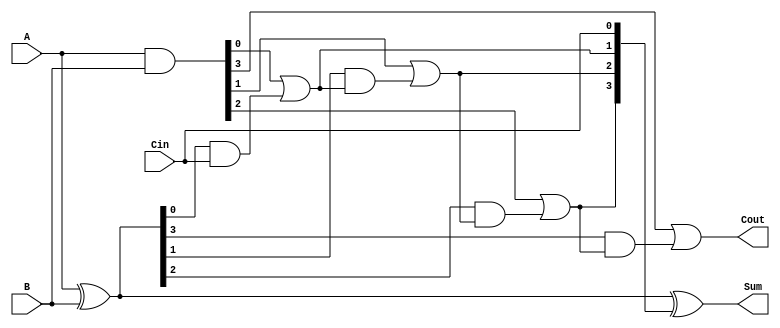
module CILA #(parameter n = 4) (
    input  [n-1:0] A,      // First operand
    input  [n-1:0] B,      // Second operand
    input         Cin,      // Carry-in input
    output [n-1:0] Sum,     // Resulting sum
    output        Cout      // Carry-out output
);

    // Internal signals for propagate and generate
    wire [n-1:0] P; // Propagate signals
    wire [n-1:0] G; // Generate signals
    wire [n:0] C;   // Carry signals

    // Generate and Propagate calculations
    assign P = A ^ B; // P[i] = A[i] XOR B[i]
    assign G = A & B; // G[i] = A[i] AND B[i]

    // Carry calculations using lookahead logic
    assign C[0] = Cin; // C[0] = Cin
    genvar i;
    generate
        for (i = 0; i < n; i = i + 1) begin : carry_logic
            if (i == 0) begin
                assign C[i + 1] = G[i] | (P[i] & C[i]); // C[1] = G[0] + (P[0] * C[0])
            end else begin
                assign C[i + 1] = G[i] | (P[i] & C[i]); // C[i + 1] = G[i] + (P[i] * C[i])
            end
        end
    endgenerate

    // Sum calculation
    assign Sum = P ^ C[n-1:0]; // Sum[i] = P[i] XOR C[i]

    // Final carry-out
    assign Cout = C[n]; // Cout = C[n]

endmodule